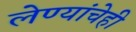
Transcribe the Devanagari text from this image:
लेण्यांचेही